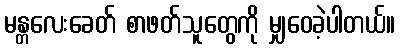
မန္တလေးခေတ် စာဖတ်သူတွေကို မျှဝေခဲ့ပါတယ်။